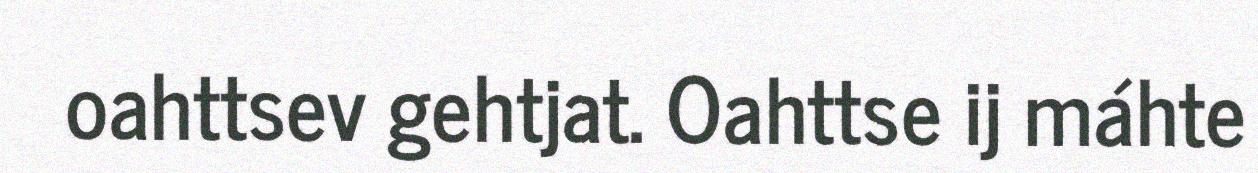
oahttsev gehtjat. Oahttse ij máhte